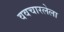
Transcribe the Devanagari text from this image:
ववचारलेला